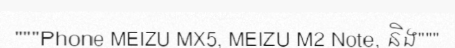
"""Phone MEIZU MX5, MEIZU M2 Note, និង"""